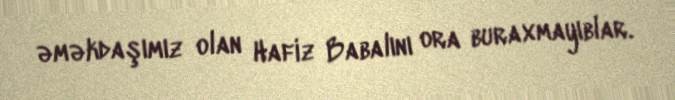
əməkdaşımız olan Hafiz Babalını ora buraxmayıblar.